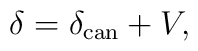
\delta =\delta _{{\rm can}}+V,